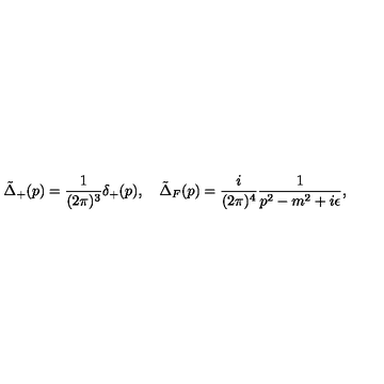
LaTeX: \tilde { \Delta } _ { + } ( p ) = \frac { 1 } { ( 2 \pi ) ^ { 3 } } \delta _ { + } ( p ) , \quad \tilde { \Delta } _ { F } ( p ) = \frac { i } { ( 2 \pi ) ^ { 4 } } \frac { 1 } { p ^ { 2 } - m ^ { 2 } + i \epsilon } ,